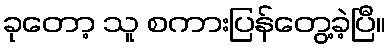
ခုတော့ သူ စကားပြန်တွေ့ခဲ့ပြီ။